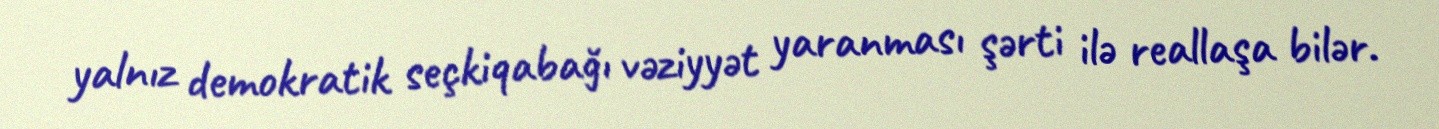
yalnız demokratik seçkiqabağı vəziyyət yaranması şərti ilə reallaşa bilər.